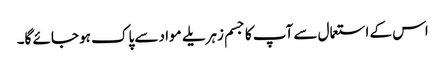
اس کے استعمال سے آپ کا جسم زہریلے مواد سے پاک ہو جائے گا۔